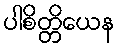
ပါစိတ္တိယေန